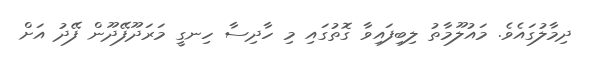
ދިމާލުގައެވެ. މައުލޫމާތު ލިބިފައިވާ ގޮތުގައި މި ހާދިސާ ހިނގީ މަރަދޫފޭދޫން ފޭދު އަށް